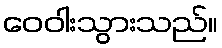
ဝေဝါးသွားသည်။